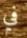
في